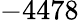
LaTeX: -4478